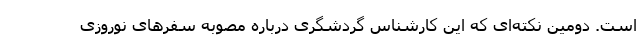
است. دومین نکته‌ای که این کارشناس گردشگری درباره مصوبه سفرهای نوروزی